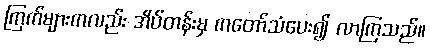
ကြက်များကလည်း အိပ်တန်းမှ ကတော်သံပေး၍ လာကြသည်။